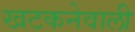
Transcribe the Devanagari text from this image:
खटकनेवाली